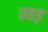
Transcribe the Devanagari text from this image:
वहड़